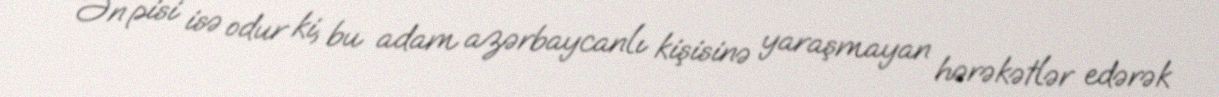
Ən pisi isə odur ki, bu adam azərbaycanlı kişisinə yaraşmayan hərəkətlər edərək